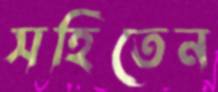
সহিতেন